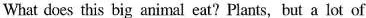
What does this big animal eat? Plants, but a lot of